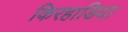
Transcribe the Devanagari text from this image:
किरहाडिया